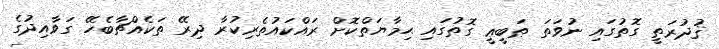
ޤުދުރަތީ ގޮތުގައި ނުވަތަ ޠަބީޢީ ގޮތުގައި ޙިމާޔަތްކޮށް ރައްކައުތެރިކުރާ ދިރޭ ތަކެއްޗާބެހޭ ގަވާއިދުގެ